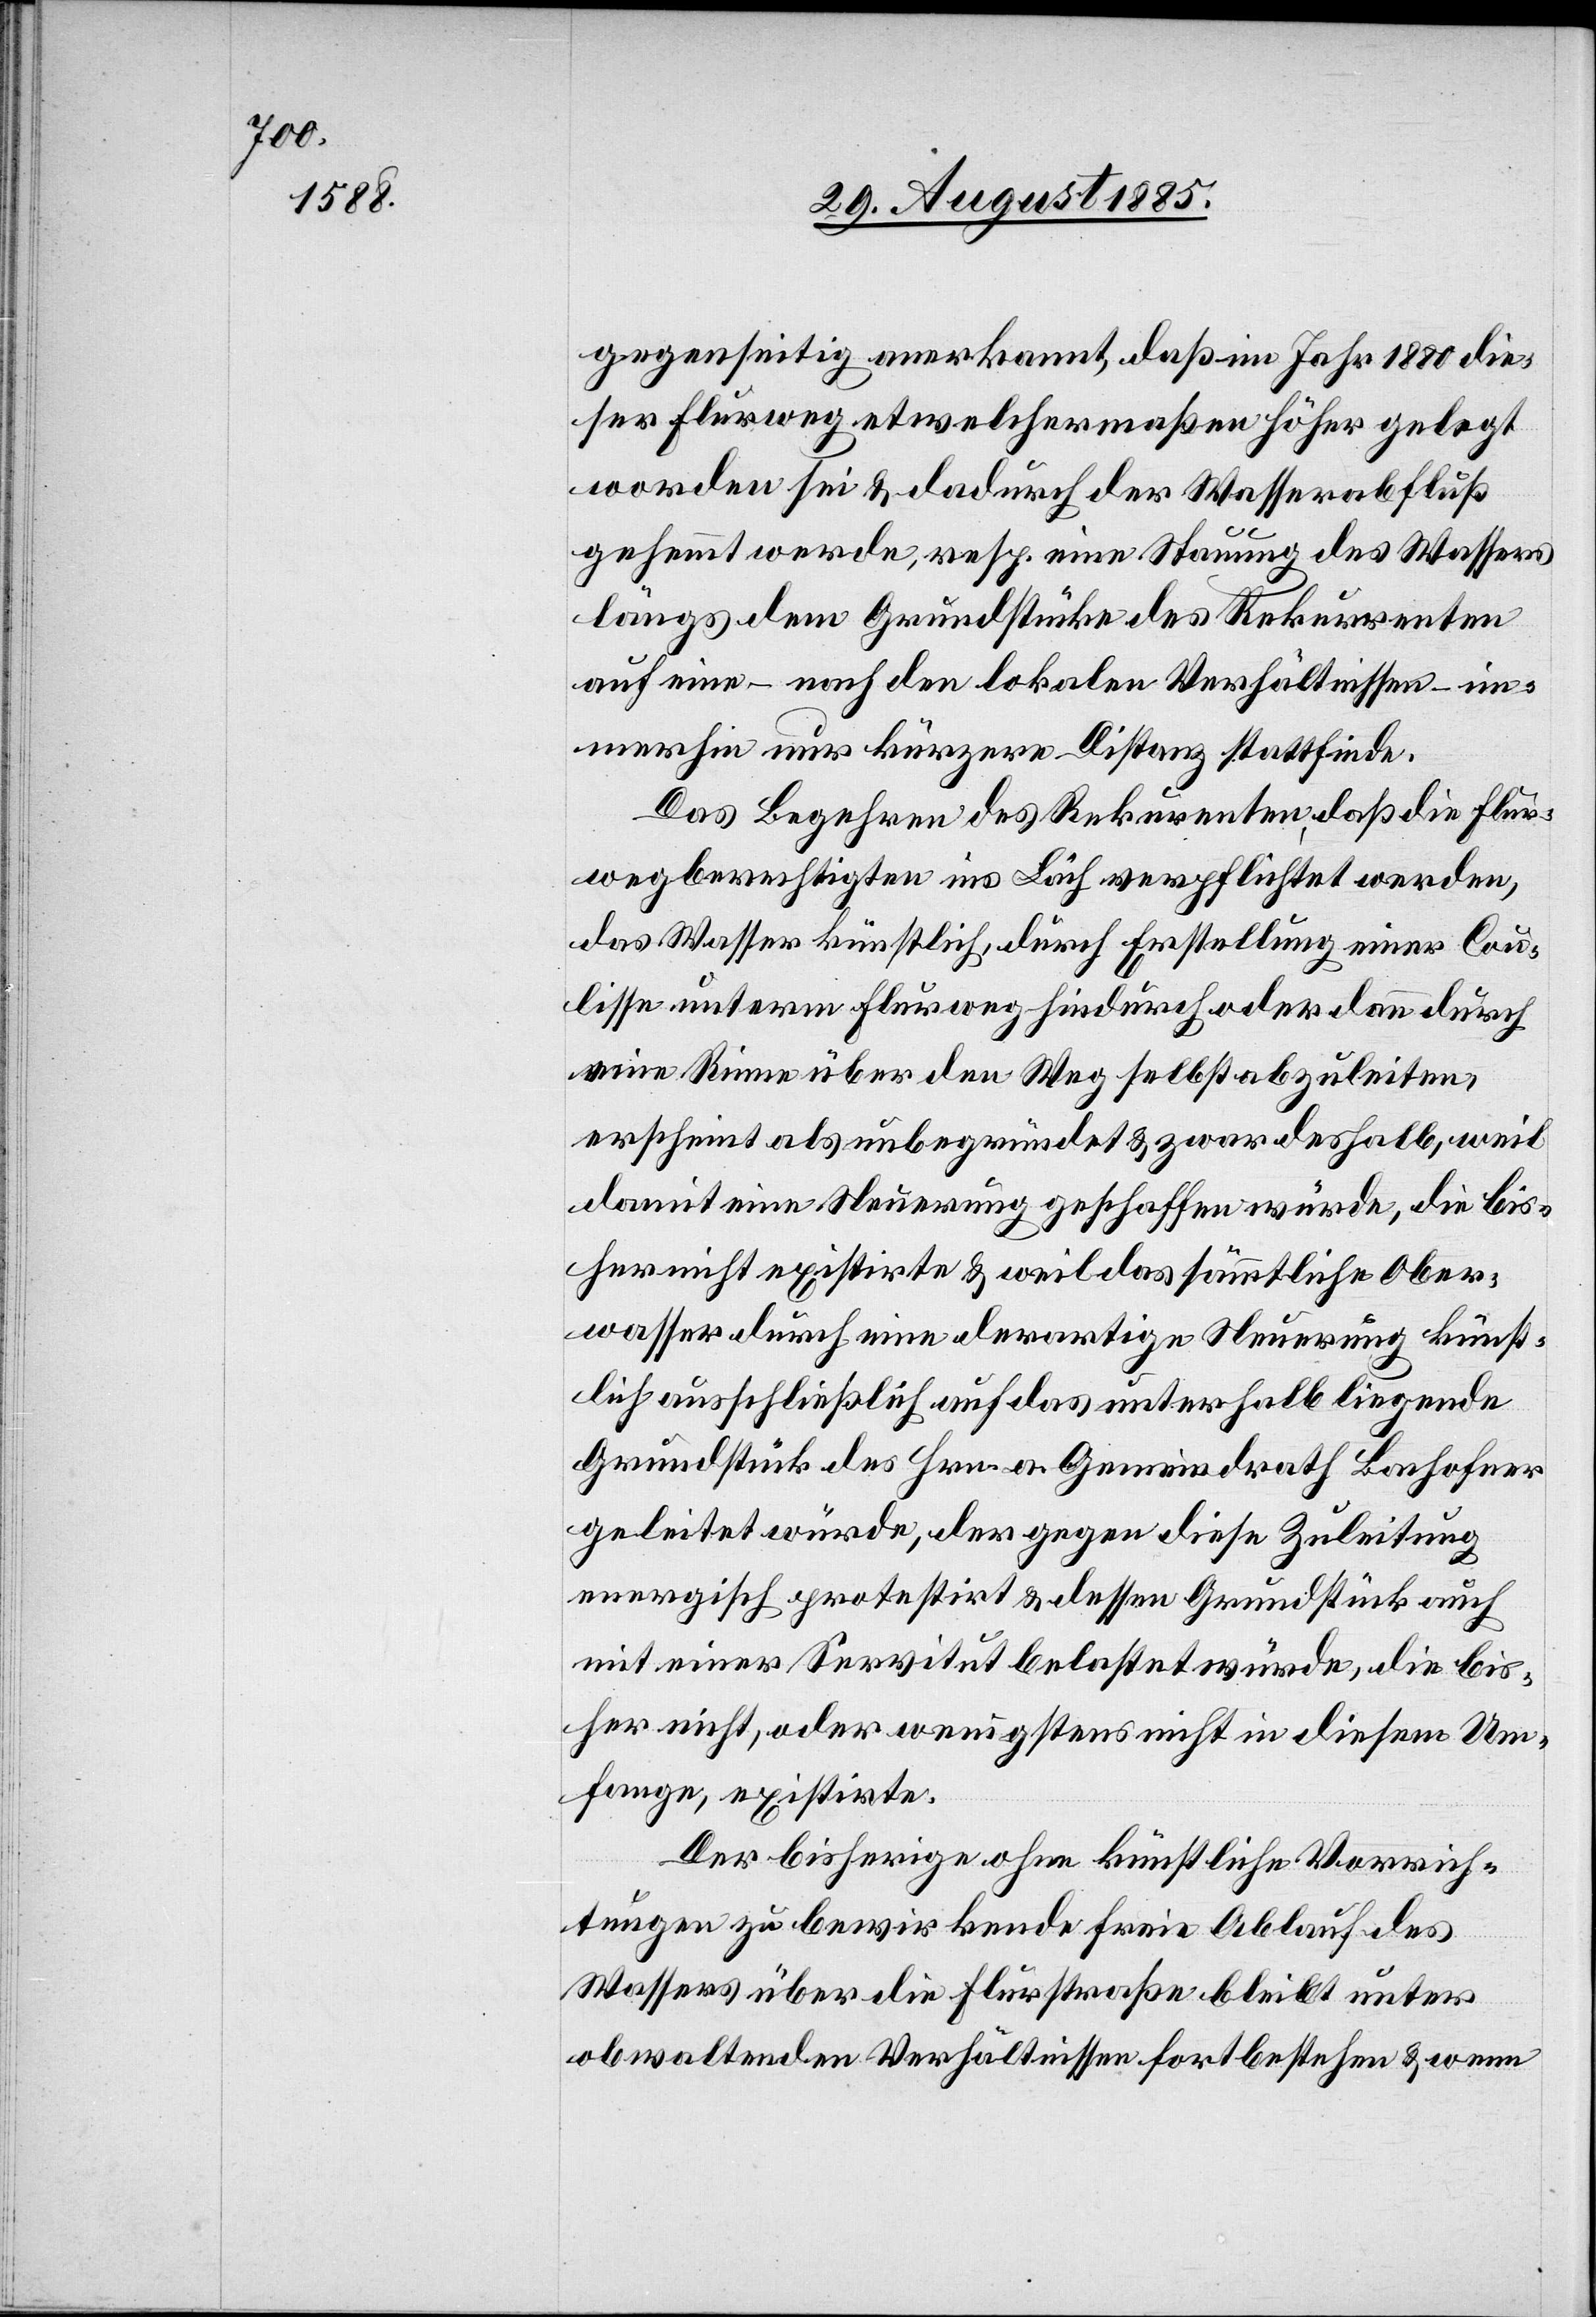
gegenseitig anerkannt, daß im Jahr 1880 die¬
ser Flurweg etwelchermaßen höher gelegt
worden sei & dadurch der Wasserabfluß
gehemmt werde, resp. eine Stauung des Wassers
längs dem Grundstücke des Rekurrenten
auf eine – nach den lokalen Verhältnissen – im¬
merhin nur kürzere Distanz stattfinde.
Das Begehren des Rekurrenten, daß die Flur¬
wegberechtigten im Läch verpflichtet werden,
das Wasser künstlich, durch Erstellung einer Cou¬
lisse unterm Flurweg hindurch oder dann durch
eine Rinne über den Weg selbst abzuleiten,
erscheint als unbegründet & zwar deshalb, weil
damit eine Steuerung geschaffen würde, die bis¬
her nicht existirte & weil das sämmtliche Ober¬
wasser durch eine derartige Steuerung künst¬
lich ausschließlich auf das unterhalb liegende
Grundstück des Hrn. a. Gemeindrath Bachofner
geleitet würde, der gegen diese Zuleitung
energisch protestirt & dessen Grundstück auch
mit einer Servitut belastet würde, die bis¬
her nicht, oder wenigstens nicht in diesem Um¬
fange, existirte.
Der bisherige ohne künstliche Vorrich¬
tungen zu bewirkende freie Ablauf des
Wassers über die Flurstraße bleibt unter
obwaltenden Verhältnissen fortbestehen & wenn